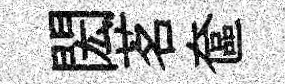
閎茗奩